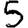
Digit: 5